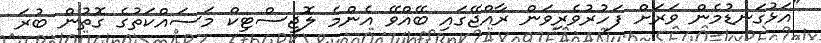
"އަޅުގަނޑުމެން ވަރަށް ފަހުރުވެރިވަން ރާއްޖޭގައި ބޭއްވޭ އެންމެ ލޮޖިސްޓިކް މަސައްކަތުގެ ގޮތުން ބުރަ